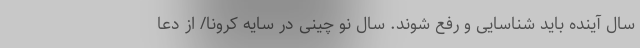
سال آینده باید شناسایی و رفع شوند. سال نو چینی در سایه کرونا/ از دعا